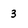
Character: 3